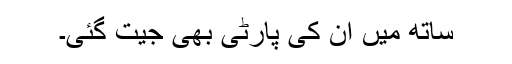
ساتھ میں ان کی پارٹی بھی جیت گئی۔